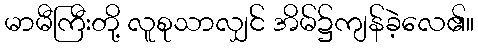
မာမီကြီးတို့ လူစုသာလျှင် အိမ်၌ကျန်ခဲ့လေ၏။